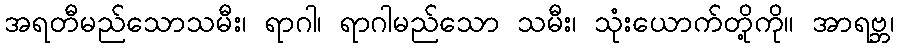
အရတီမည်သောသမီး၊ ရာဂါ၊ ရာဂါမည်သော သမီး၊ သုံးယောက်တို့ကို။ အာရဗ္ဘ၊